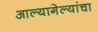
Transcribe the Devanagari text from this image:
आल्यागेल्यांचा